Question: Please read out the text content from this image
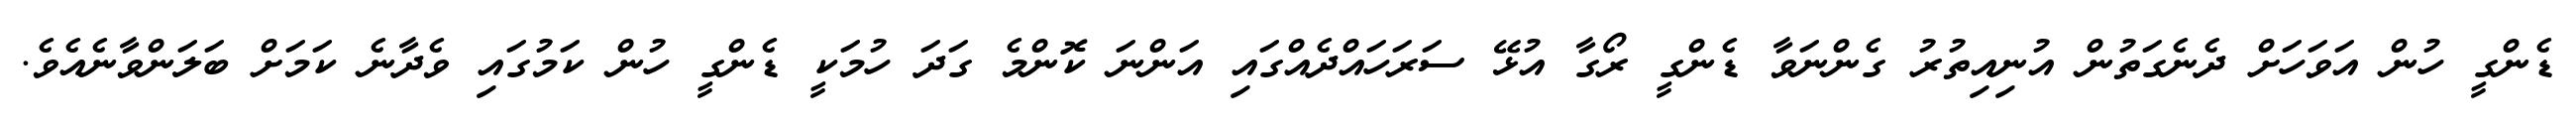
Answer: ޑެންގީ ހުން އަވަހަށް ދެނެގަތުން އުނިއިތުރު ގެންނަވާ ޑެންގީ ރޯގާ އުޅޭ ސަރަހައްދެއްގައި އަންނަ ކޮންމެ ގަދަ ހުމަކީ ޑެންގީ ހުން ކަމުގައި ވެދާނެ ކަމަށް ބަލަންވާނެއެވެ.